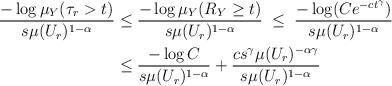
LaTeX: \begin{align*}\frac{- \log \mu_Y(\tau_r > t)}{s \mu(U_r)^{1-\alpha}}& \le \frac{-\log \mu_Y(R_Y \ge t)}{s \mu(U_r)^{1-\alpha}} \; \le \; \frac{-\log (Ce^{-ct^\gamma})}{s\mu(U_r)^{1-\alpha}} \\& \le \frac{- \log C}{s \mu(U_r)^{1-\alpha}} + \frac{cs^\gamma \mu(U_r)^{-\alpha \gamma}}{s \mu(U_r)^{1-\alpha}}\end{align*}